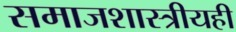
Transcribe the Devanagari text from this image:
समाजशास्त्रीयही